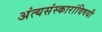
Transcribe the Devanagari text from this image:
अंत्यसंस्कारांविषयी